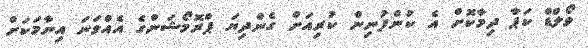
ވޯލްޑް ކަޕާ ދިމާކޮށް އެ ކުންފުނިން ކުރިއަށް ގެންދިޔަ ޕްރޮމޯޝަންގެ އެއްވަނަ އިނާމަކަށް